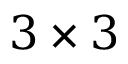
3 \times 3